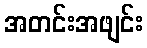
အတင်းအဖျင်း